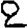
Digit: 2